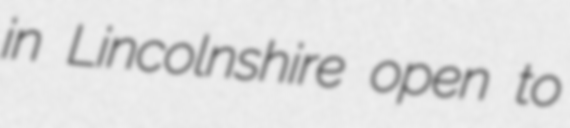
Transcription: in Lincolnshire open to